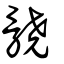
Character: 髐